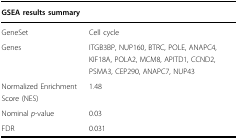
| <COLSPAN=2> GSEA results summary |
 | --- | --- |
 | GeneSet | Cell cycle |
 | Genes | ITGB3BP, NUP160, BTRC, POLE, ANAPC4, KIF18A, POLA2, MCM8, APITD1, CCND2, PSMA3, CEP290, ANAPC7, NUP43 |
 | Normalized Enrichment Score (NES) | 1.48 |
 | Nominal p-value | 0.03 |
 | FDR | 0.031 |